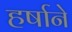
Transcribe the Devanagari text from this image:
हर्षाने